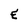
Character: E